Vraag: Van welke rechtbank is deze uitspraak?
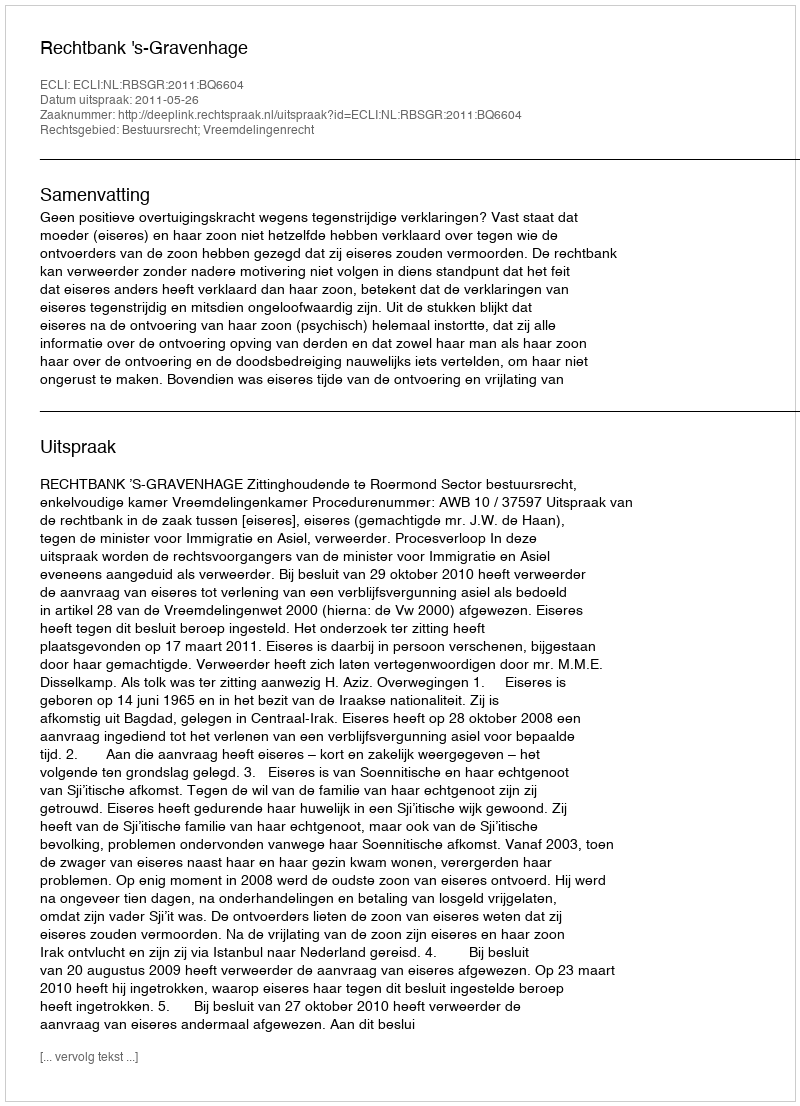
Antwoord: Rechtbank 's-Gravenhage